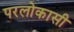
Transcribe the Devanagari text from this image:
परलोकासी